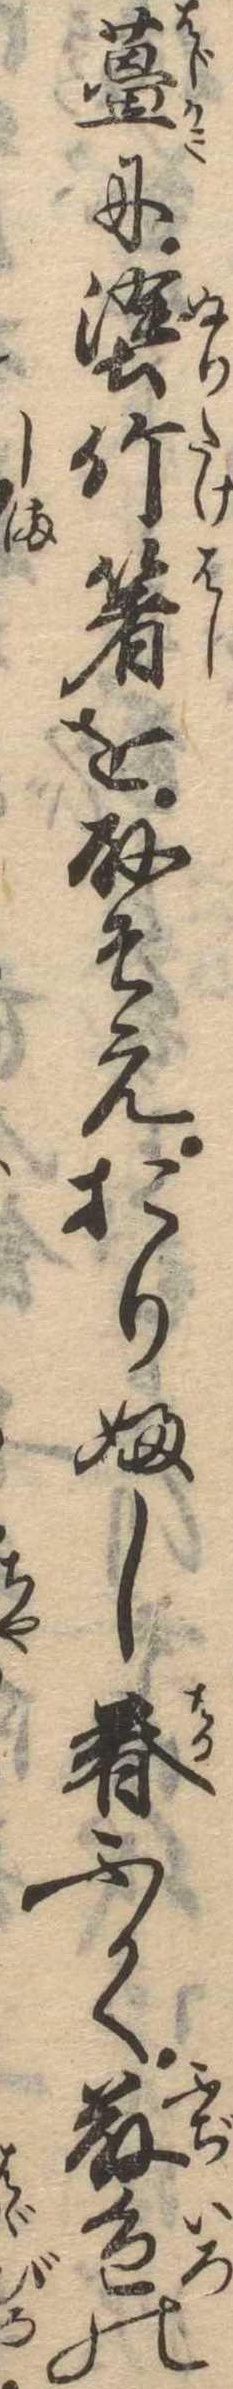
薑に塗竹箸を取そえおりふし春ふかく藤色の